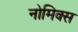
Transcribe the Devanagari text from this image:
नोमिक्स